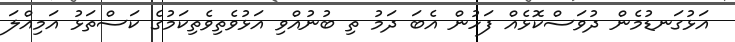
އަޅުގަނޑުމެން ދުވަސްކޮޅެއް ފަހުން އެބަ ދަމު ތި ބުނުއްވި އަޅުވެތިވެތިކަމުގެ ކަސްތަޅު އަމިއްލަ